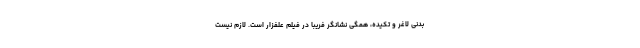
بدنی لاغر و تکیده، همگی نشانگر فریبا در فیلم علفزار است. لازم نیست